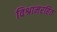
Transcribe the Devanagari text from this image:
विश्रामरहित